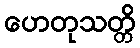
ဟေတုသတ္တိ